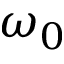
\omega _ { 0 }